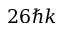
2 6 \hbar k